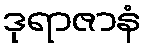
ဒုရာဇာနံ